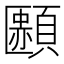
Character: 𩔿